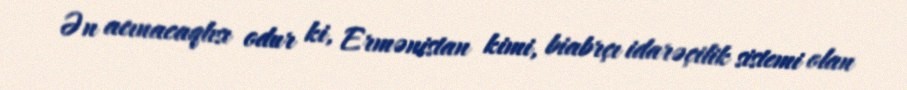
Ən acınacaqlısı odur ki, Ermənistan kimi, biabrçı idarəçilik sistemi olan